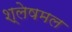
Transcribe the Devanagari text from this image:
श्लेषमल